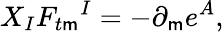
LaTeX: X_{I}F_{t\mathsf{m}}{}^{I}=-\partial_{\mathsf{m}}e^{A},